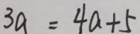
3 a = 4 a + 5